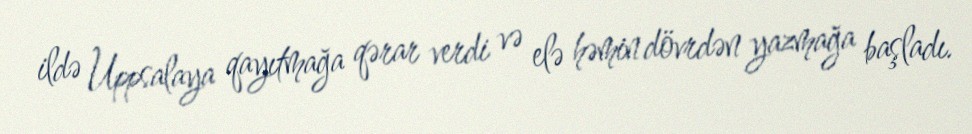
ildə Uppsalaya qayıtmağa qərar verdi və elə həmin dövrdən yazmağa başladı.